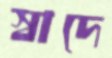
স্বাদে